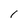
Character: 1